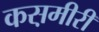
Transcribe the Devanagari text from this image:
कस़मीरी